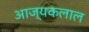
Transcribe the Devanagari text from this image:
आज्यकलाल